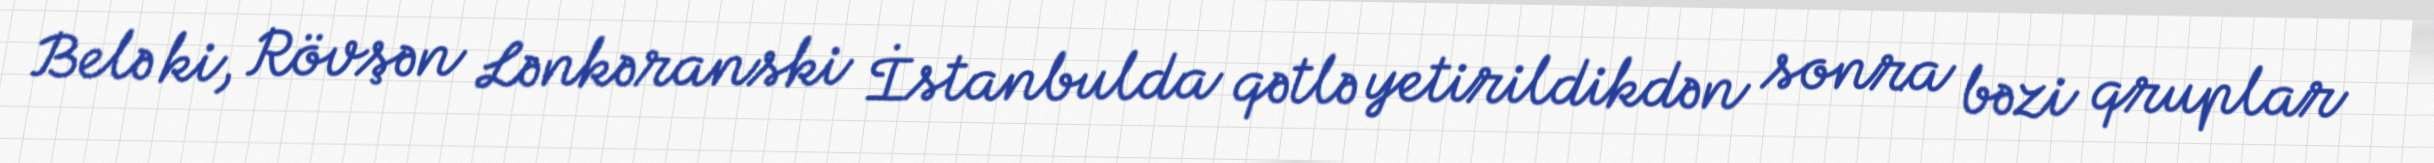
Belə ki, Rövşən Lənkəranski İstanbulda qətlə yetirildikdən sonra bəzi qruplar